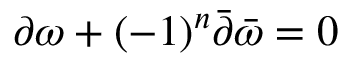
\partial \omega + ( - 1 ) ^ { n } \bar { \partial } \bar { \omega } = 0